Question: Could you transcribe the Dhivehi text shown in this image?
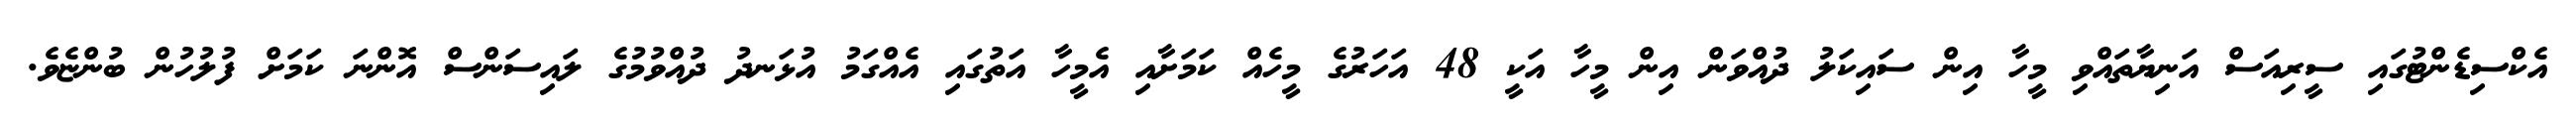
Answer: އެކްސިޑެންޓުގައި ސީރިއަސް އަނިޔާތައްވި މީހާ އިން ސައިކަލު ދުއްވަން އިން މީހާ އަކީ 48 އަހަރުގެ މީހެއް ކަމަށާއި އެމީހާ އަތުގައި އެއްގަމު އުޅަނދު ދުއްވުމުގެ ލައިސަންސް އޮންނަ ކަމަށް ފުލުހުން ބުންޏެވެ.